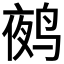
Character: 𲍿